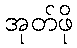
အုတ်ဖို